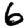
Digit: 6